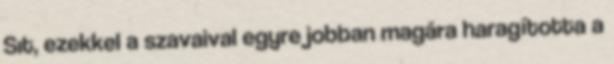
Sıt, ezekkel a szavaival egyre jobban magára haragította a